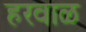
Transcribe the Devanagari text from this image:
हरवाळ